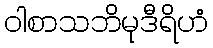
ဝါစာသဘိမုဒီရိဟံ